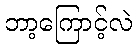
ဘာ့ကြောင့်လဲ